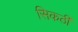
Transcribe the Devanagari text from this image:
सिकठी